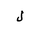
Letter: _lam